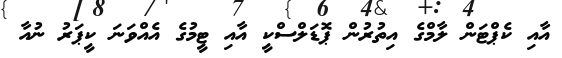
އާއި ކެޕްޓަން ލާމްގެ އިތުރުން ޕޮޑަލްސްކީ އާއި ޓީމުގެ އެއްވަނަ ކީޕަރު ނުއާ